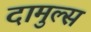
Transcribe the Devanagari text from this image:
दामुल्स